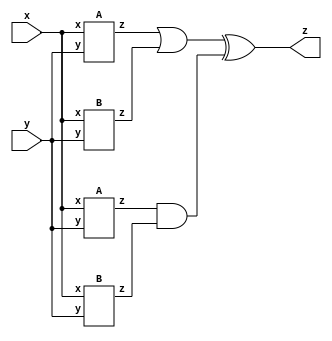
module top_module (
    input x, 
    input y, 
    output z
);
    wire ia1_out,ia2_out,ib1_out,ib2_out;

    A IA1 (.x(x), .y(y), .z(ia1_out));
    A IA2 (.x(x), .y(y), .z(ia2_out));
    B IB1 (.x(x), .y(y), .z(ib1_out));
    B IB2 (.x(x), .y(y), .z(ib2_out));

    assign z = ((ia1_out | ib1_out) ^ (ia2_out & ib2_out));

endmodule

module A (
    input x, 
    input y, 
    output z
);
    assign z = (x ^ y) & x;

endmodule

module B ( 
    input x, 
    input y, 
    output z
);
    assign z = x ~^ y;

endmodule